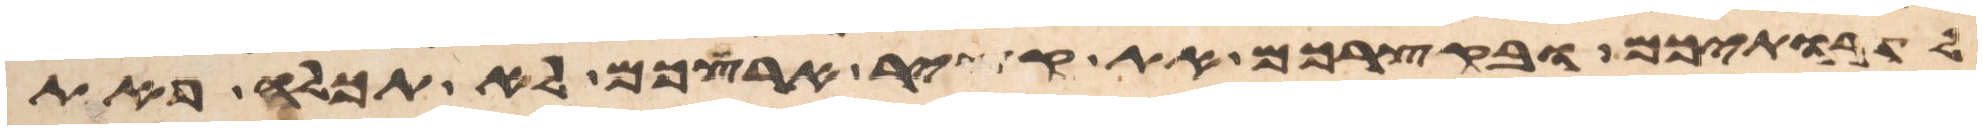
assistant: לדרתיכם ובקצירכם את קציר ארצכם לא תכלה פאת